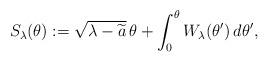
LaTeX: \begin{align*}S_\lambda(\theta):=\sqrt{\lambda-\widetilde a}\,\theta+\int_0^\theta W_\lambda(\theta')\,d\theta',\end{align*}